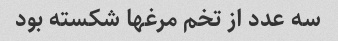
سه عدد از تخم مرغها شکسته بود